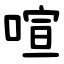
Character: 喧